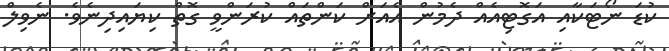
ކުޑަ ނޯޓަކާއި އަގޮޓިއެއް ދެމުން އެއަށް ކަންތައް ކުރަންވީ ގޮތް ކިޔައިދިނެވެ. ނެވިލް